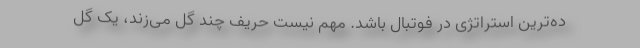
ده‌ترین استراتژی در فوتبال باشد. مهم نیست حریف چند گل می‌زند، یک گل